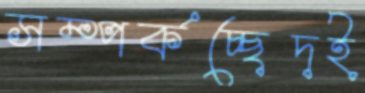
সম্পর্কচ্ছেদই